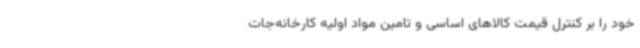
خود را بر کنترل قیمت کالاهای اساسی و تامین مواد اولیه کارخانه‌جات